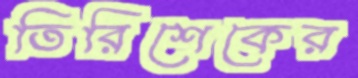
তিরিশেকের